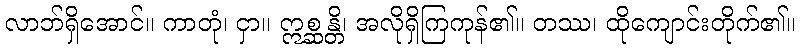
လာဘ်ရှိအောင်။ ကာတုံ၊ ငှာ။ ဣစ္ဆန္တိ၊ အလိုရှိကြကုန်၏။ တဿ၊ ထိုကျောင်းတိုက်၏။